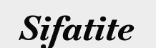
Sifatite